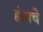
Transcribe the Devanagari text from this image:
होमचे